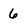
Character: 6